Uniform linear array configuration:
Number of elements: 48
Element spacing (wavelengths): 0.5
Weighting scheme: binomial
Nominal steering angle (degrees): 60
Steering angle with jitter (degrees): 59.87
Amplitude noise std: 0.05
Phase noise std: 0.05

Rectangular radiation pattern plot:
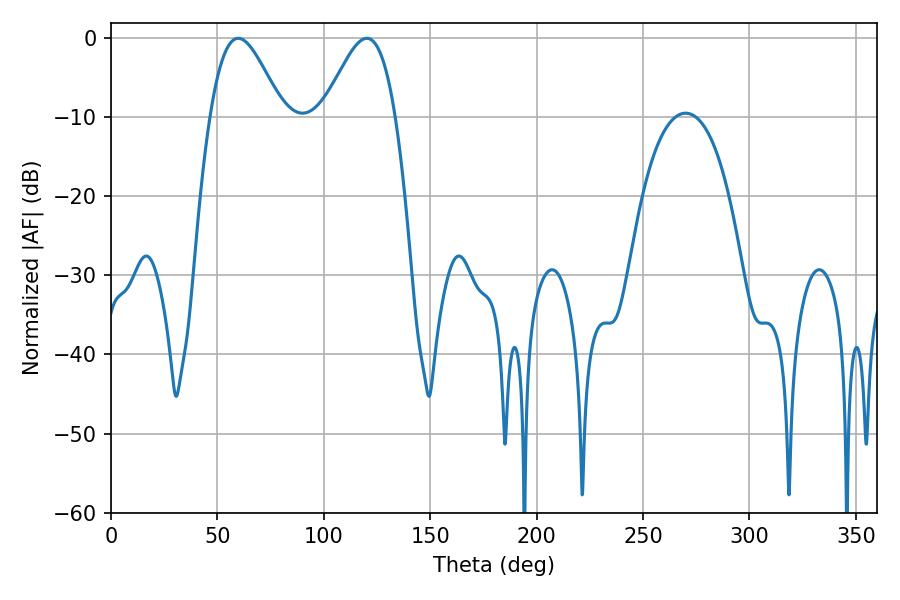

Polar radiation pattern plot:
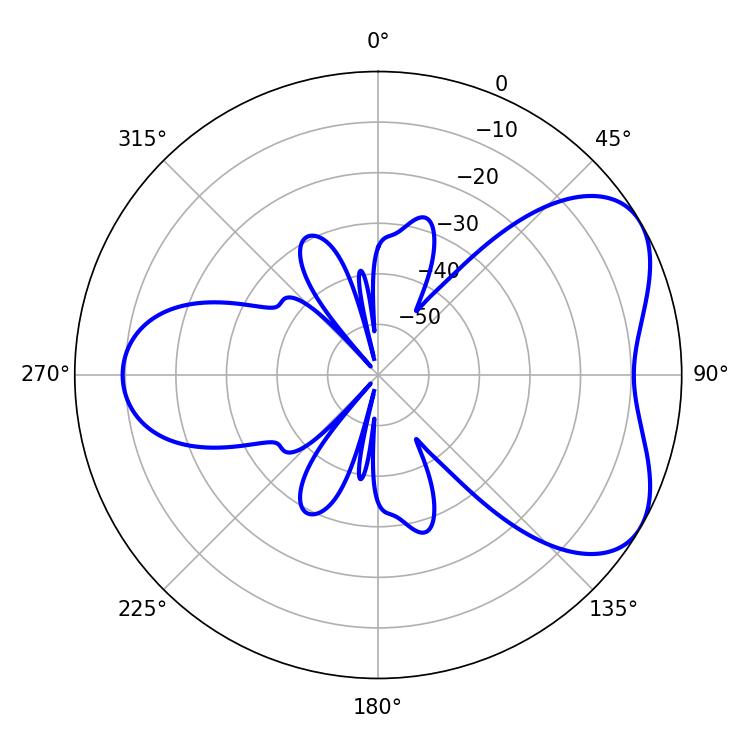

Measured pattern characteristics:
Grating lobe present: FALSE
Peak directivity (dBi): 5.291
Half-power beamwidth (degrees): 18
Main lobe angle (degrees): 59.76